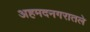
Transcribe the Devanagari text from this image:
अहमदनगरातले